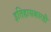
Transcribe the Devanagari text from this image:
इतिहासकारही